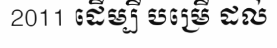
2011 ដើម្បី បម្រើ ដល់